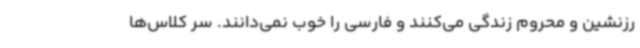
رزنشین و محروم زندگی می‌کنند و فارسی را خوب نمی‌دانند. سر کلاس‌ها